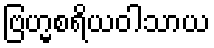
ဗြဟ္မစရိယဝါသာယ